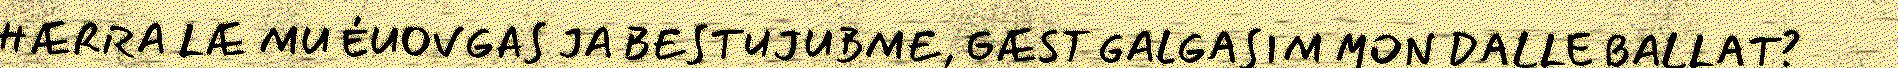
HÆRRA LÆ MU ÉUOVGAS JA BESTUJUBME, GÆST GALGASIM MON DALLE BALLAT?